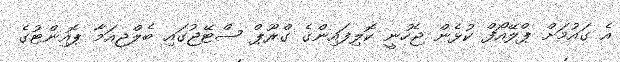
އެ ގައުމަށް ޕްލޭއޯފް ކުޅެން ޖެހުނީ ކޮލިފައިންގެ ގްރޫޕް ސްޓޭޖުގައި ބެލްޖިއަމާ ޕޮއިންޓުގެ